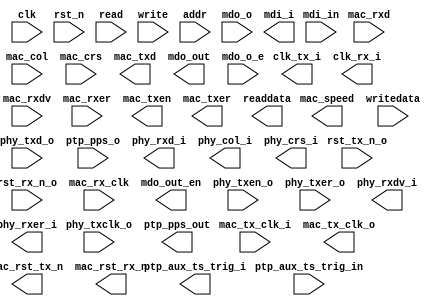

module hps_emac (
	phy_txclk_o,
	clk_tx_i,
	clk_rx_i,
	rst_tx_n_o,
	rst_rx_n_o,
	mac_tx_clk_i,
	mac_rx_clk,
	mac_rxdv,
	mac_rxer,
	mac_rxd,
	mac_col,
	mac_crs,
	mac_tx_clk_o,
	mac_rst_tx_n,
	mac_rst_rx_n,
	mac_txd,
	mac_txen,
	mac_txer,
	mac_speed,
	mdi_in,
	mdo_out,
	mdo_out_en,
	clk,
	rst_n,
	read,
	write,
	writedata,
	readdata,
	addr,
	phy_txd_o,
	phy_txen_o,
	phy_txer_o,
	mdo_o,
	mdo_o_e,
	ptp_pps_o,
	phy_rxdv_i,
	phy_rxer_i,
	phy_rxd_i,
	phy_col_i,
	phy_crs_i,
	mdi_i,
	ptp_aux_ts_trig_i,
	ptp_aux_ts_trig_in,
	ptp_pps_out);	

	input		phy_txclk_o;
	output		clk_tx_i;
	output		clk_rx_i;
	input		rst_tx_n_o;
	input		rst_rx_n_o;
	input		mac_tx_clk_i;
	input		mac_rx_clk;
	input		mac_rxdv;
	input		mac_rxer;
	input	[7:0]	mac_rxd;
	input		mac_col;
	input		mac_crs;
	output		mac_tx_clk_o;
	output		mac_rst_tx_n;
	output		mac_rst_rx_n;
	output	[7:0]	mac_txd;
	output		mac_txen;
	output		mac_txer;
	output	[1:0]	mac_speed;
	input		mdi_in;
	output		mdo_out;
	output		mdo_out_en;
	input		clk;
	input		rst_n;
	input		read;
	input		write;
	input	[31:0]	writedata;
	output	[31:0]	readdata;
	input		addr;
	input	[7:0]	phy_txd_o;
	input		phy_txen_o;
	input		phy_txer_o;
	input		mdo_o;
	input		mdo_o_e;
	input		ptp_pps_o;
	output		phy_rxdv_i;
	output		phy_rxer_i;
	output	[7:0]	phy_rxd_i;
	output		phy_col_i;
	output		phy_crs_i;
	output		mdi_i;
	output		ptp_aux_ts_trig_i;
	input		ptp_aux_ts_trig_in;
	output		ptp_pps_out;
endmodule